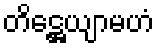
တိဋ္ဌေယျာမဟံ